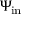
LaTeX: \Psi _ { \mathrm { i n } }